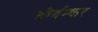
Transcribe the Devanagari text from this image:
तीर्थन्कर